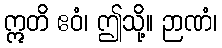
ဣတိ ဧဝံ၊ ဤသို့။ ဉာဏံ၊